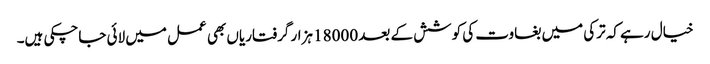
خیال رہے کہ ترکی میں بغاوت کی کوشش کے بعد 18000 ہزار گرفتاریاں بھی عمل میں لائی جاچکی ہیں۔